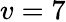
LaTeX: v=7